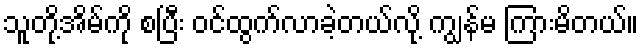
သူတို့အိမ်ကို စပြီး ဝင်ထွက်လာခဲ့တယ်လို့ ကျွန်မ ကြားမိတယ်။